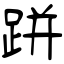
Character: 跰